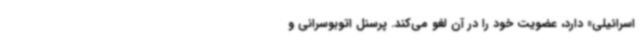
اسرائیلی» دارد، عضویت خود را در آن لغو می‌کند. پرسنل اتوبوسرانی و